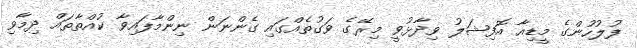
ފުލުހުންގެ މީޑިއާ އޮފިޝަލު ވިދާޅުވީ މިރޭގެ ވަގުތެއްގައި ގެންނަން ނިންމާފައިވާ ކުއްތާތައް ދިމާވި